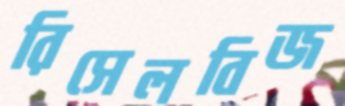
রিসেলবিজ